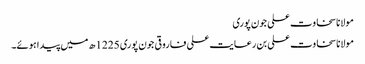
مولانا سخاوت علی جون پوری
مولانا سخاوت علی بن رعایت علی فاروقی جون پوری 1225ھ میں پیدا ہوئے۔